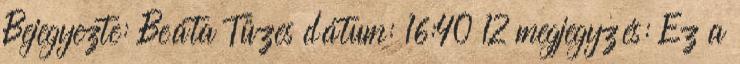
Bejegyezte: Beáta Tüzes dátum: 16:40 12 megjegyzés: Ez a